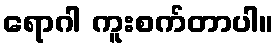
ရောဂါ ကူးစက်တာပါ။